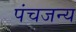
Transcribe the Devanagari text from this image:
पंचजन्य